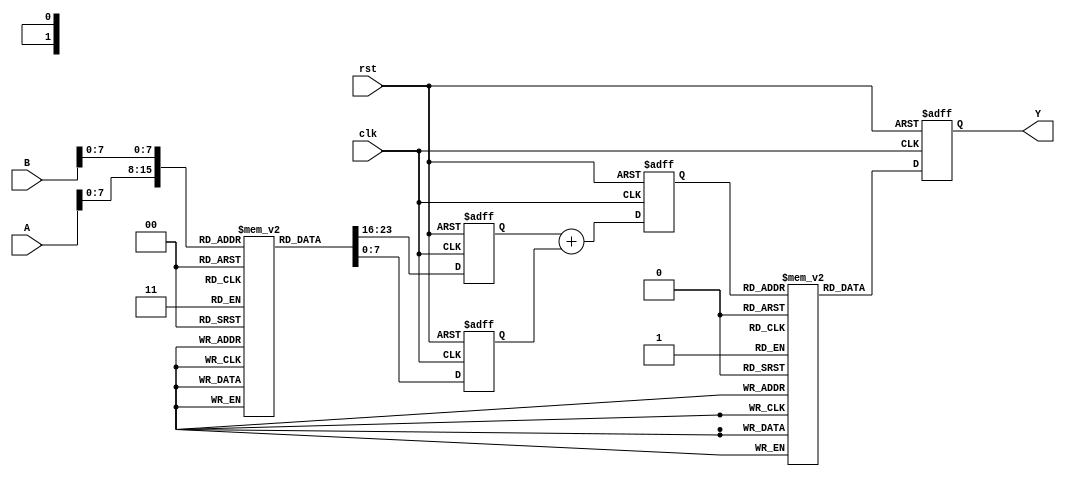
module LogarithmicMultiplier (
    input wire [15:0] A, // Input operand A (fixed-point representation)
    input wire [15:0] B, // Input operand B (fixed-point representation)
    output wire [15:0] Y, // Output result (fixed-point representation)
    input wire clk, // Clock signal
    input wire rst // Reset signal
);

    // Logarithm Look-Up Table (LUT)
    reg [15:0] log_lut [0:255]; // Example LUT for logarithm
    initial begin
        // Populate the LUT with precomputed logarithm values
        // For simplicity, these values are not shown here
        // log_lut[0] = 0; // log(1)
        // log_lut[1] = 0; // log(1)
        // ...
        // log_lut[255] = log(256);
    end

    // Exponential Look-Up Table (LUT)
    reg [15:0] exp_lut [0:255]; // Example LUT for exponentiation
    initial begin
        // Populate the LUT with precomputed exponential values
        // For simplicity, these values are not shown here
        // exp_lut[0] = 1; // exp(0)
        // exp_lut[1] = 2; // exp(1)
        // ...
        // exp_lut[255] = exp(255);
    end

    reg [15:0] logA; // Logarithm of A
    reg [15:0] logB; // Logarithm of B
    reg [15:0] logSum; // Sum of logarithms
    reg [15:0] expResult; // Result of exponentiation

    always @(posedge clk or posedge rst) begin
        if (rst) begin
            logA <= 0;
            logB <= 0;
            logSum <= 0;
            expResult <= 0;
        end else begin
            // Calculate logarithm of A and B using LUT
            logA <= log_lut[A[7:0]]; // Assuming A is in the range [0, 255]
            logB <= log_lut[B[7:0]]; // Assuming B is in the range [0, 255]

            // Add logarithmic values
            logSum <= logA + logB;

            // Calculate exponentiation using LUT
            expResult <= exp_lut[logSum[7:0]]; // Assuming logSum fits in LUT range
        end
    end

    assign Y = expResult; // Output the result

endmodule